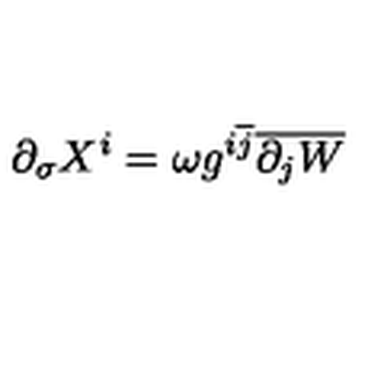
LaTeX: \partial _ { \sigma } X ^ { i } = \omega g ^ { i \overline { { j } } } \overline { { \partial _ { j } W } }